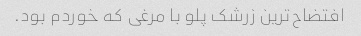
افتضاح‌ترین زرشک پلو با مرغی که خوردم بود.